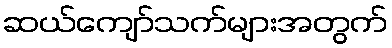
ဆယ်ကျော်သက်များအတွက်